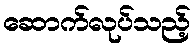
ဆောက်လုပ်သည့်